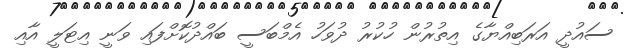
ސައުދީ އަރަބިއްޔާގެ އިތުރުން ހުކުރު ދުވަހު އެމްބަސީ ބައްދުކޮށްފައި ވަނީ އިޓަލީ އާއި